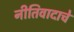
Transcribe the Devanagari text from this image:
नीतिवादाचे